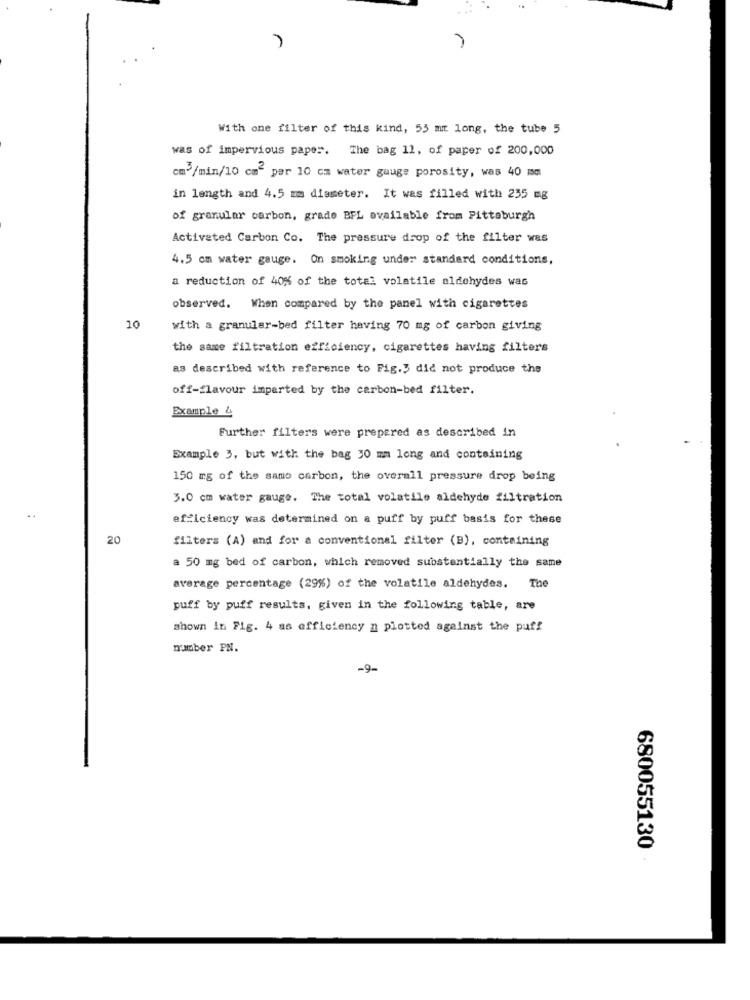
With one filter of this kind, 53 mm long, the tube 5
was of impervious paper. The bag 11, of paper of 200,000
cm3/min/10 cm per 10 cm water gauge porosity, was 40 mm
in length and 4.5 mm diameter. It was filled with 235 mg
of granular carbon, grade BFL available from Pittsburgh
Activated Carbon Co. The pressure drop of the filter was
4.5 cm water gauge. On smoking under standard conditions,
a reduction of 40% of the total volatile aldehydes was
observed. When compared by the panel with cigarettes
10
with a granular-bed filter having 70 mg of carbon giving
the same filtration efficiency, cigarettes having filters
as described with reference to Fig.3 did not produce the
off-flavour imparted by the carbon-bed filter.
Example 4
Further filters were prepared as described in
Example 3, but with the bag 30 mm long and containing
150 mg of the same carbon, the overall pressure drop being
3.0 cm water gauge. The total volatile aldehyde filtration
efficiency was determined on a puff by puff basis for these
20
filters (A) and for a conventional filter (B), containing
a 50 mg bed of carbon, which removed substantially the same
average percentage (29%) of the volatile aldehydes. The
puff by puff results, given in the following table, are
shown in Fig. 4 as efficiency n plotted against the puff
number PN.
-9-
680055130